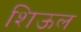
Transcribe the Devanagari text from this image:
शिऊल